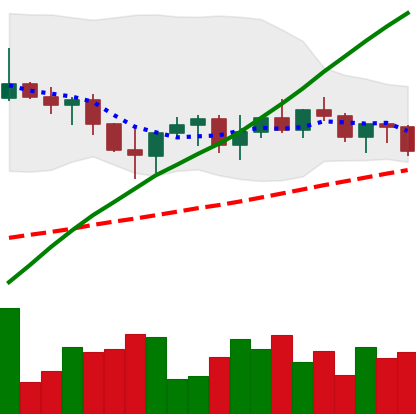
Ticker: XRP-USD
Chart end date: 2022-11-02
Forward return: 3.323%
Label: up_3_5